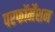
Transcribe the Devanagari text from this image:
परफॉर्मेंशन